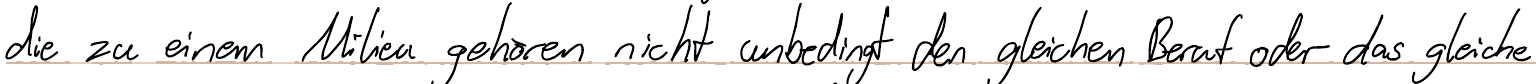
di zu einem Milieu gehören nicht unbedingt den gleichen Beruf oder das gleiche